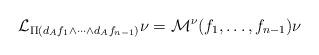
LaTeX: \begin{align*}\mathcal{L}_{\Pi(d_{A}f_1\wedge\cdots\wedge d_{A}f_{n-1})}\nu= \mathcal{M}^{\nu}(f_1,\ldots,f_{n-1})\nu\end{align*}